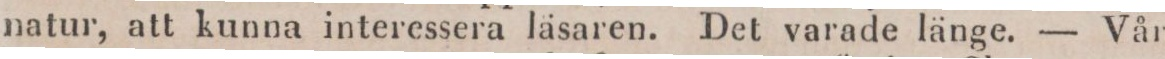
natur, att kunna interessera läsaren. Det varade länge. — Vår